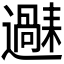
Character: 𬩧